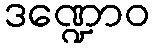
ဒဏ္ဍောဝ